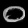
Digit: ၀